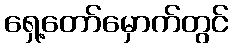
ရှေ့တော်မှောက်တွင်